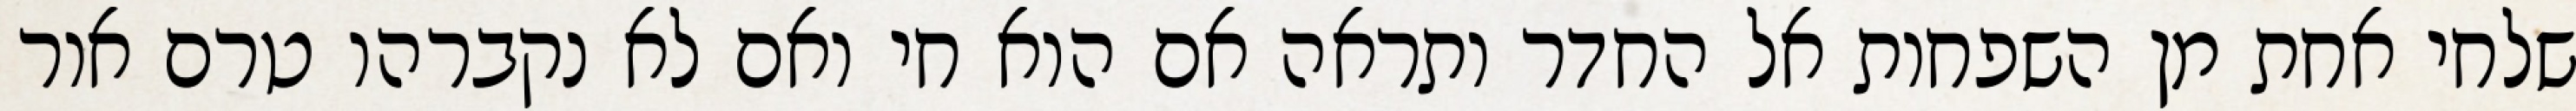
שלחי אחת מן השפחות אל החדר ותראה אם הוא חי ואם לא נקברהו טרם אור